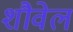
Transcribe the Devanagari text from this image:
शौवेल